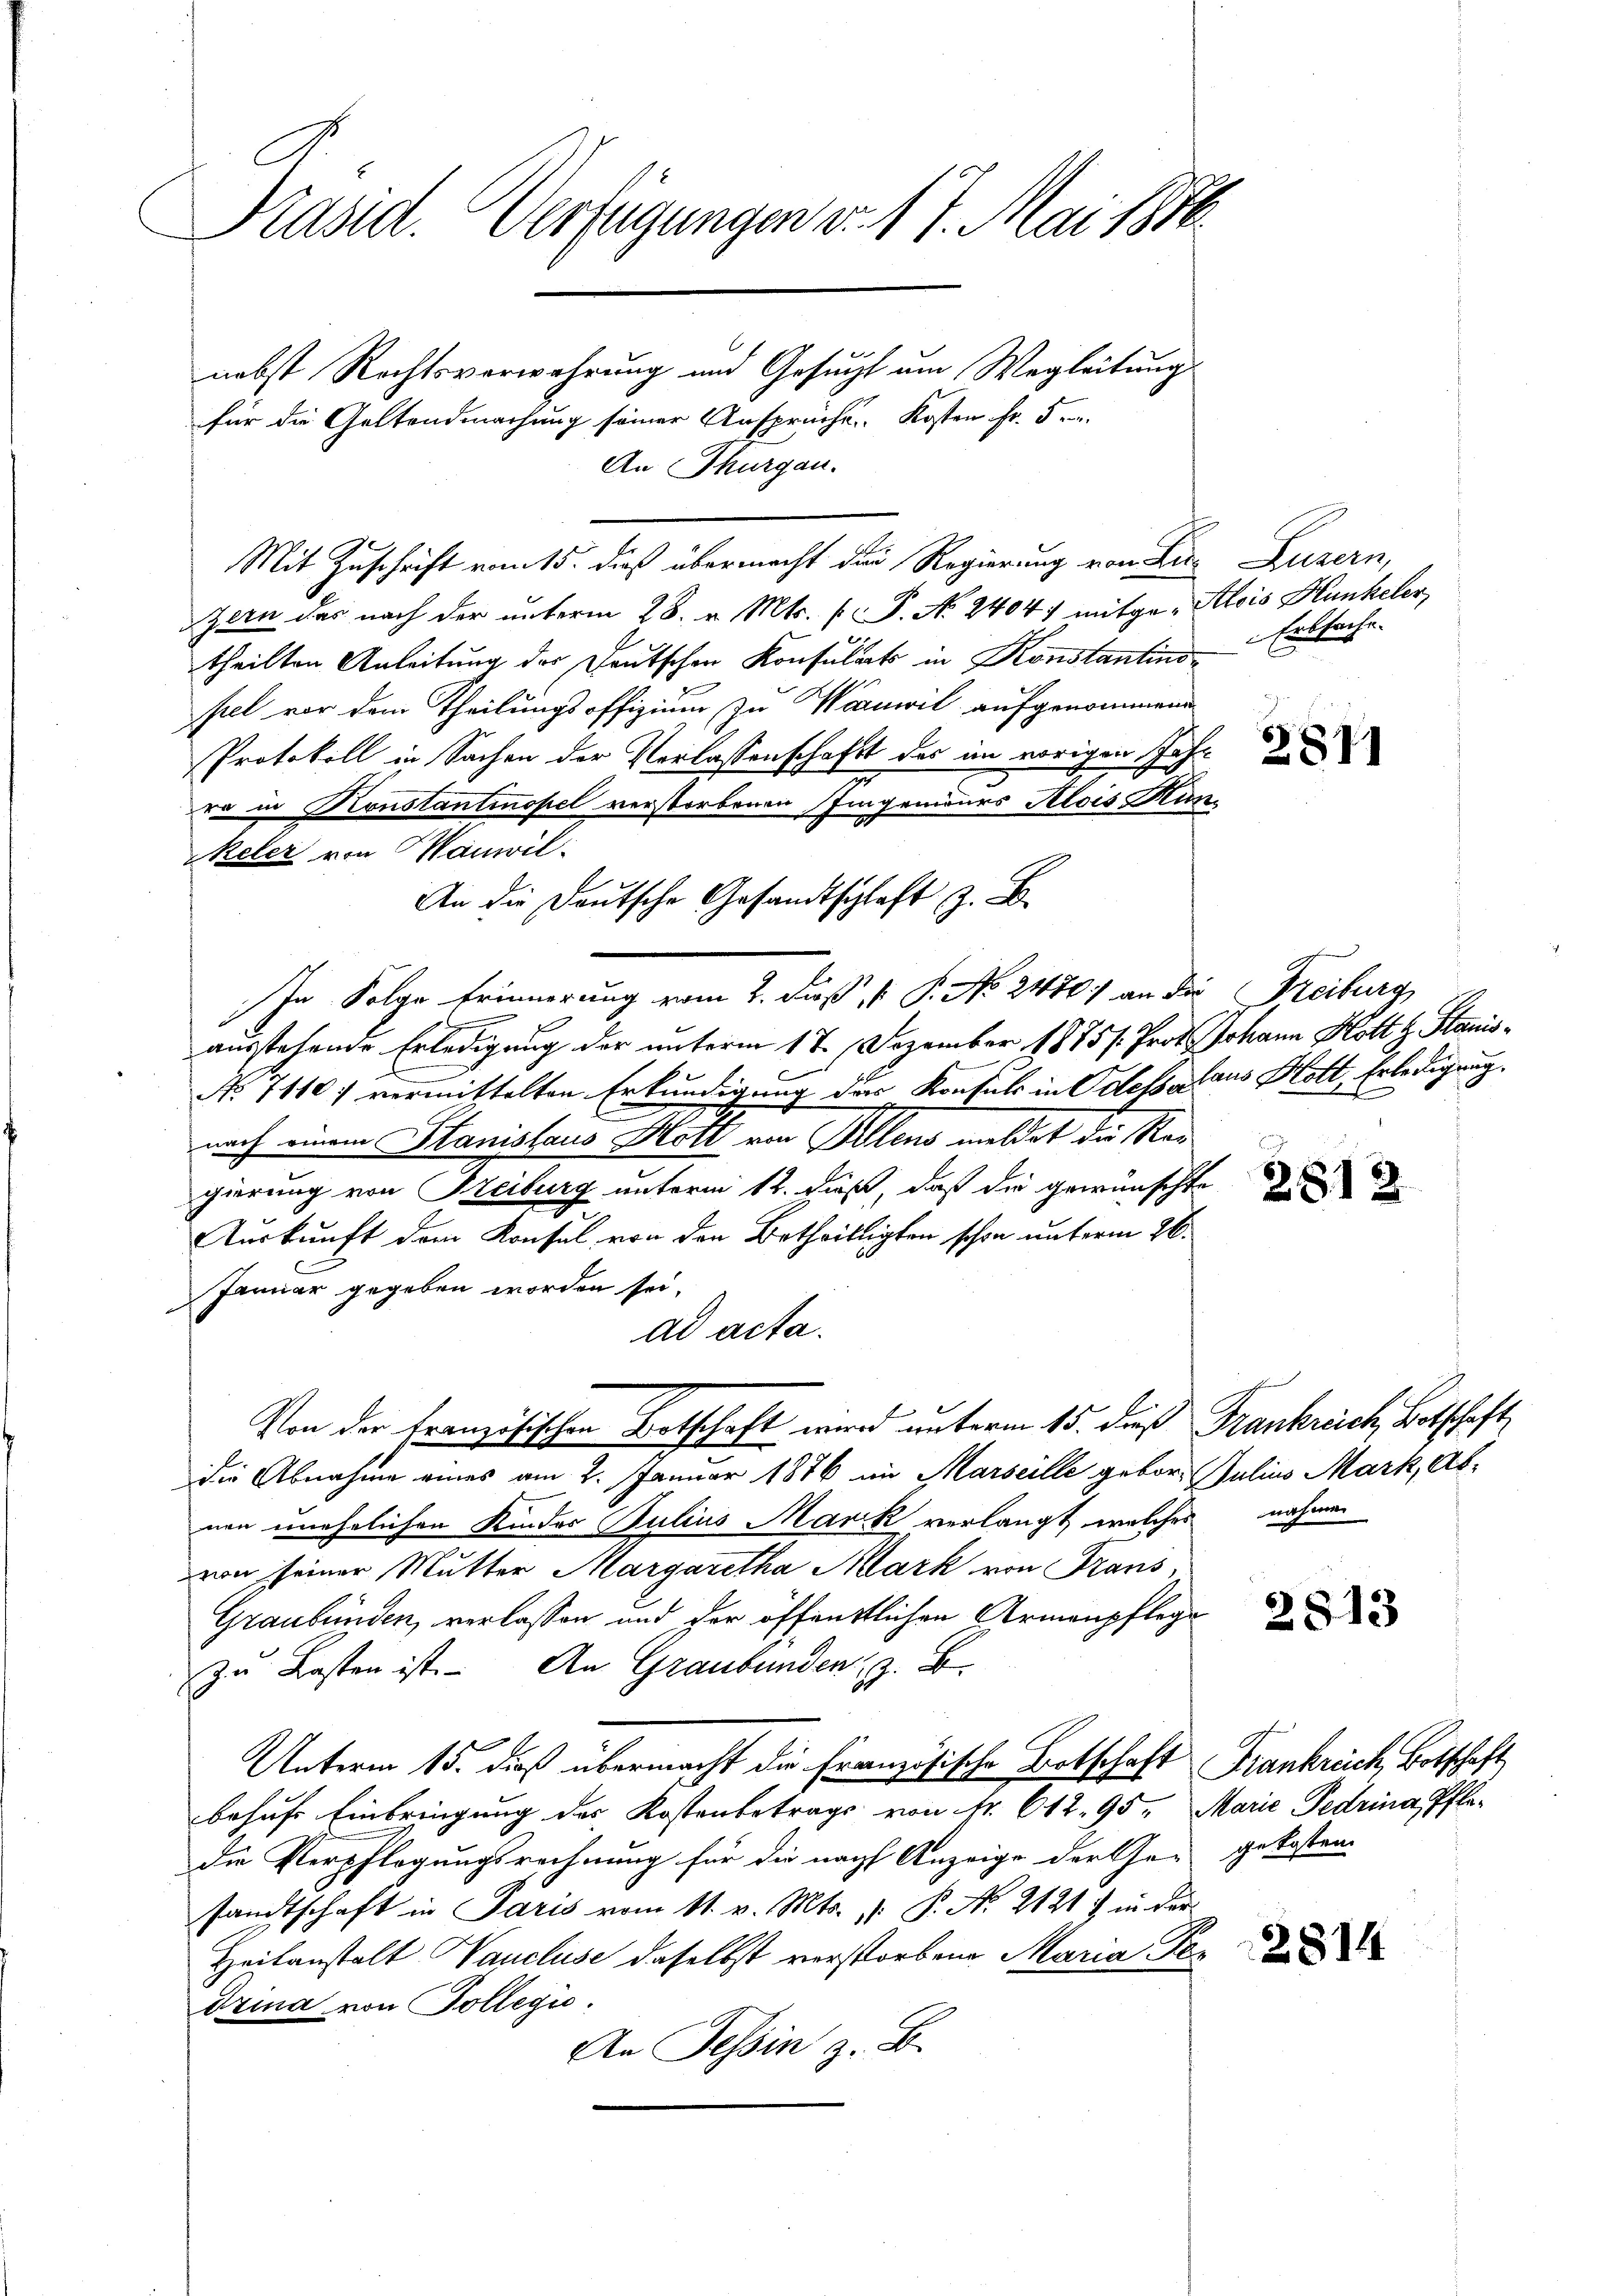
Präsid. Verfügungen v. 17. Mai 1888.

nebst Rechtsverwahrung und Gesucht um Wegleitungs
für die Geltendmachung seiner Ansprüche Kosten Fr. 5 e
An Thurgau.
Mit Zuschrift vom 15. dieß übermacht die Regierung von Die Luzern,
Zern das nach der unterm 28. v. Mts. f. P. No 24047 mitge-Alois Hunkeler,
theilten Anleitung der Deutschen Konsulats in Konstantinssel vor dem Theilungsoffizium zu Woanwil aufgenommenen
Protokoll in Sachen der Verlassenschaft des im vorigen Jahr
ro in Konstantinopel verstorbenen Ingeniers Alois Münkeler von Manwilausstehende Erledigung der unterm 17. Dezember 1875 /. Prot. Johann Hott H. Stanis¬
No 1110; vermittelten Erkundigung der Konsuls in Odletsalaus Hott, Erledigung.
nach einem Stanislaus Hott von Kellens meldet die Red
gierung von Freiburg unterm 12. Fuß, daß die gewünschte
Auskunft dem Konsul von den Betheilligten schon unterm 26.
Januar gegeben worden sei,
ad acta.
Von der Französischen Botschaft wird unterm 15. dieß Frankreich, Botschaft
die Abnahme eines am 2. Januar 1876 im Marseille gebor. Julius Mark, Abnen unehelichen Kindes Julius Marck verlangt, welches nahmen
von seiner Mutter Margaretha Mark von Trans
Graubünden, verlassen und der öffenstlichen Armenpflege
zu Lasten ist. An Graubünden, z. B.
Unterm 15. dieß übermacht die Französische Botschaft Frankreich, Botschaft
behufe Einbringung des Kostenbetrags von fr. 612. 95. Marie Pedrina, Pfle-
die Verpflegungsrechnung für die nach Anzeige der Ge-
sandtschaft in Paris vom 11. v. Mts. v. P. Nr. 21217 in der
Heilanstalt Vancluse daselbst verstorbene Maria Por
Drina von Sollegio
An Tessin z. B.

An die Deutsche Gesandtschlaft z. B.
In Folge Erinnerung vom 2. daß  P. No. 2470. an die Freiburg

Erbsache.

2871

Bu

2812

2813

gekosten.